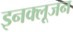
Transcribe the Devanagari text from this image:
इनक्लूजन